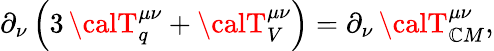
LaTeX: \partial_{\nu}\left(3\, {\calT}_{q}^{\mu\nu}+{\calT}_{V}^{\mu\nu}\right)=\partial_{\nu}\, {\calT}_{\mathbb{C}M}^{\mu\nu},